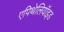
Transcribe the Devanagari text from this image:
एपिथेलियॉइड